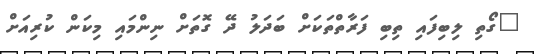
"ގޯތި ލިބިފައި ތިބި ފަރާތްތަކަށް ބަދަލު ދޭ ގޮތަށް ނިންމައި މިކަން ކުރިއަށް